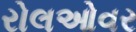
રોલઓવર